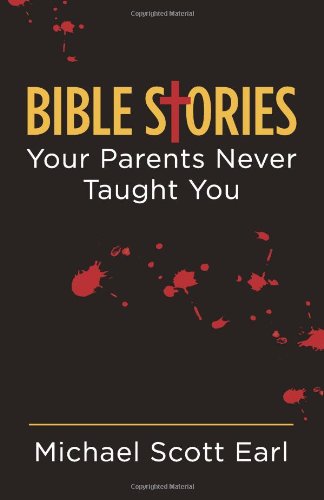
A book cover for Bible Stories Your Parents Never Taught You; Michael Scott Earl; Religion & Spirituality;